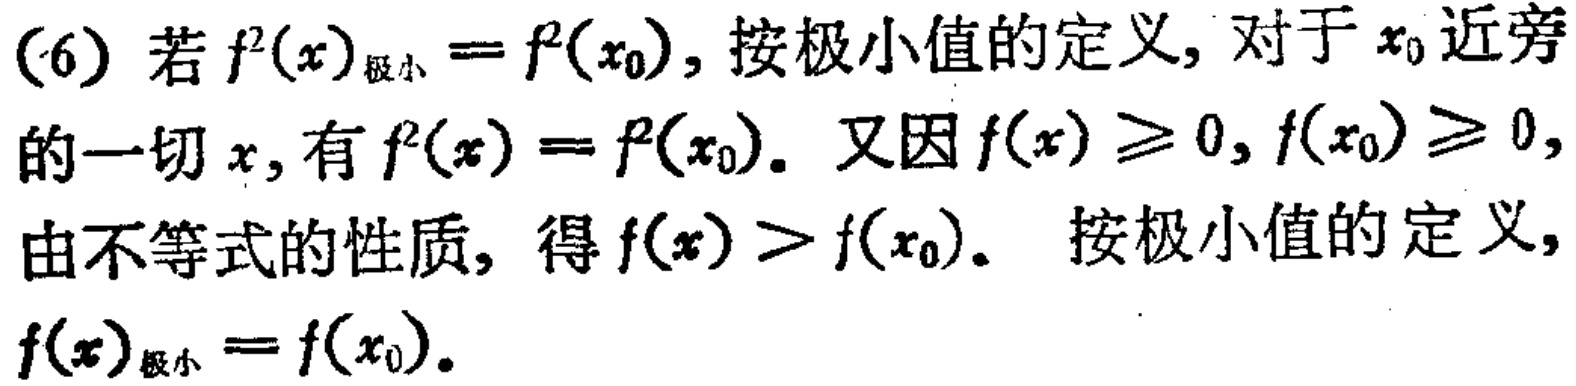
(6) 若 \(f^{2}(x)_{\text{极小}} = f^{2}(x_{0})\), 按极小值的定义, 对于 \(x_{0}\) 近旁的一切 \(x\), 有 \(f^{2}(x)\geq f^{2}(x_{0})\). 又因 \(f(x)\geq 0, f(x_{0})\geq 0\), 由不等式的性质, 得 \(f(x)\geq f(x_{0})\). 按极小值的定义, \(f(x)_{\text{极小}} = f(x_{0})\).